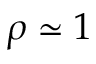
\rho \simeq 1